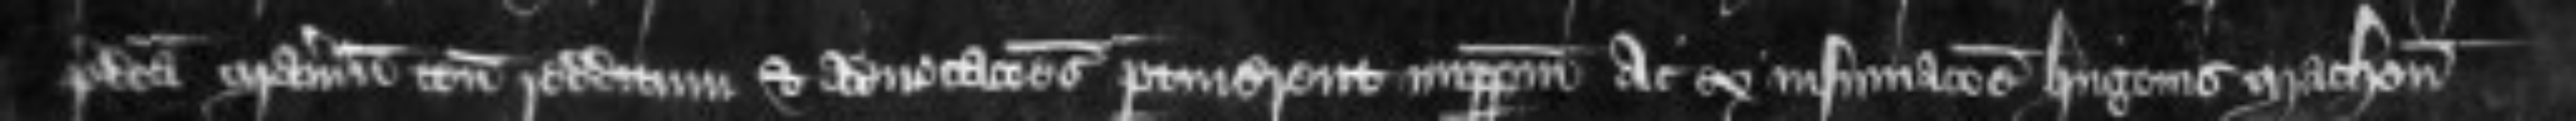
predicta manerium tenementa redditum et advocationes pertinerent imperpetuum Ac ex insummacione Hugonis Machon